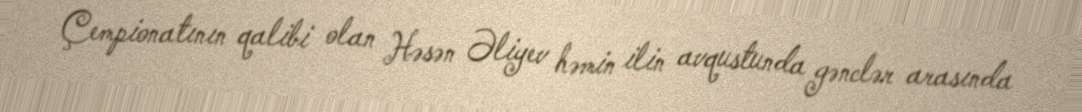
Çempionatının qalibi olan Həsən Əliyev həmin ilin avqustunda gənclər arasında